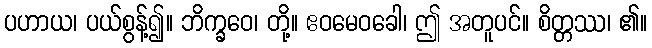
ပဟာယ၊ ပယ်စွန့်၍။ ဘိက္ခဝေ၊ တို့။ ဧဝမေဝခေါ၊ ဤ အတူပင်။ စိတ္တဿ၊ ၏။